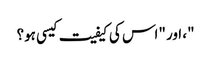
"، اور "اس کی کیفیت کیسی ہو؟